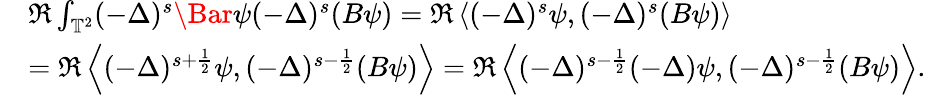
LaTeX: \begin{array}{rl}&{\Re\int_{\mathbb{T}^{2}}(-\Delta)^{s}\Bar{\psi}(-\Delta)^{s}(B\psi)=\Re\left\langle(-\Delta)^{s}\psi,(-\Delta)^{s}(B\psi)\right\rangle}\\ &{=\Re\left\langle(-\Delta)^{s+\frac{1}{2}}\psi,(-\Delta)^{s-\frac{1}{2}}(B\psi)\right\rangle=\Re\left\langle(-\Delta)^{s-\frac{1}{2}}(-\Delta)\psi,(-\Delta)^{s-\frac{1}{2}}(B\psi)\right\rangle.}\end{array}